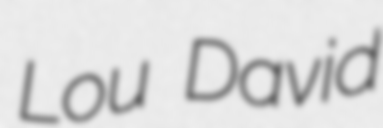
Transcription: Lou David